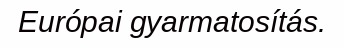
Európai gyarmatosítás.